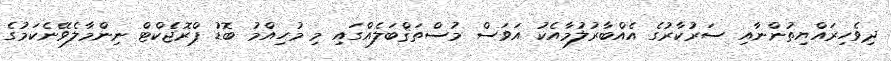
ދިވެހިރައްޔިތުންނާއި ސަރުކާރުގެ އެއްބާރުލުމާއެކު އަވަސް މުސްތަޤްބަލެއްގައި މި މުހިއްމު ބޮޑު ޕްރޮޖެކްޓް ނިންމާލެވޭނެކަމުގެ